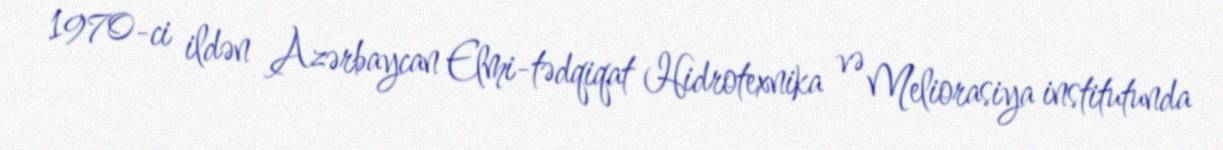
1970-ci ildən Azərbaycan Elmi-tədqiqat Hidrotexnika və Meliorasiya institutunda